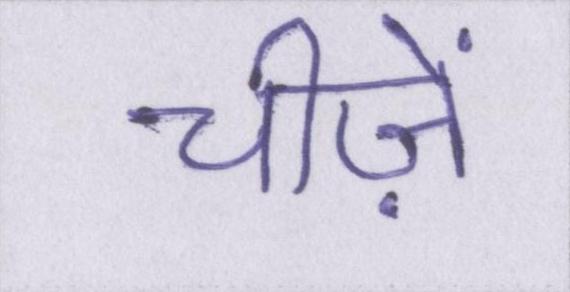
चीज़ें